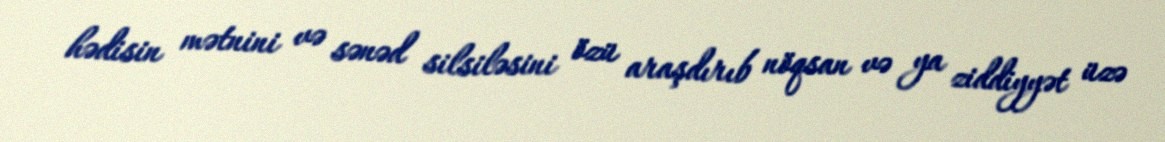
hədisin mətnini və sənəd silsiləsini özü araşdırıb nöqsan və ya ziddiyyət üzə